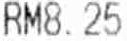
RM8.25